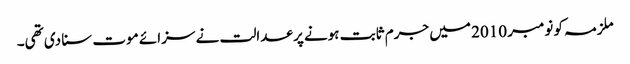
ملزمہ کو نومبر 2010 میں جرم ثابت ہونے پر عدالت نے سزائے موت سنا دی تھی۔